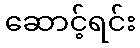
ဆောင့်ရင်း